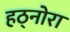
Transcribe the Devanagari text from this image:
हठ्नोरा